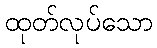
ထုတ်လုပ်သော